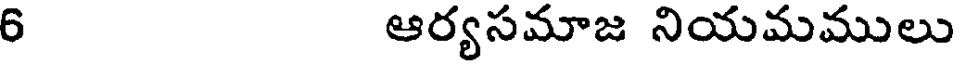
6 ఆర్యసమాజ నియమములు